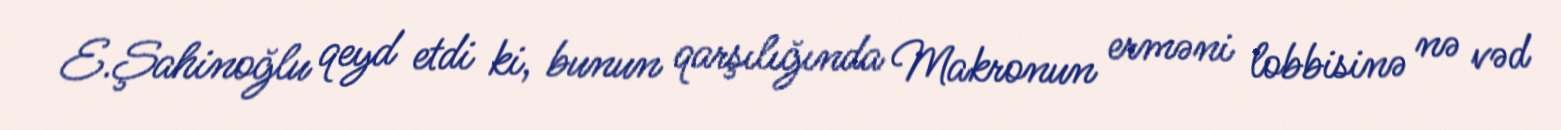
E.Şahinoğlu qeyd etdi ki, bunun qarşılığında Makronun erməni lobbisinə nə vəd